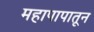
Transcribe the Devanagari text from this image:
महापापातून